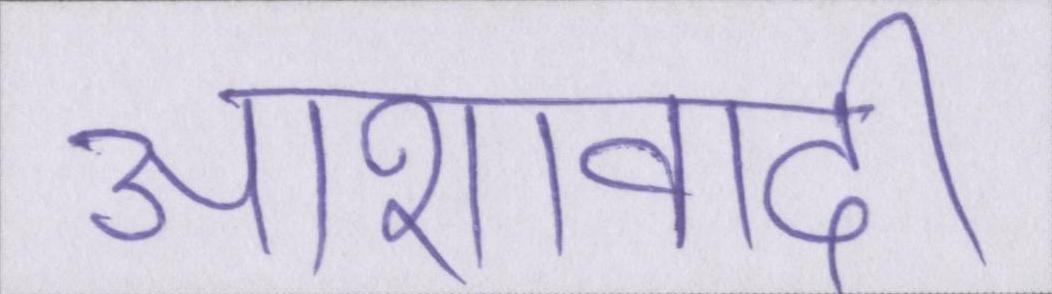
आशावादी